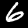
Label: 6